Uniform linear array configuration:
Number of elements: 16
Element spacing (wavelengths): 0.75
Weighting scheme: hann
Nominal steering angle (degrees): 0
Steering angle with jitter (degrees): -1.011
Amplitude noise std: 0.05
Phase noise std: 0.05

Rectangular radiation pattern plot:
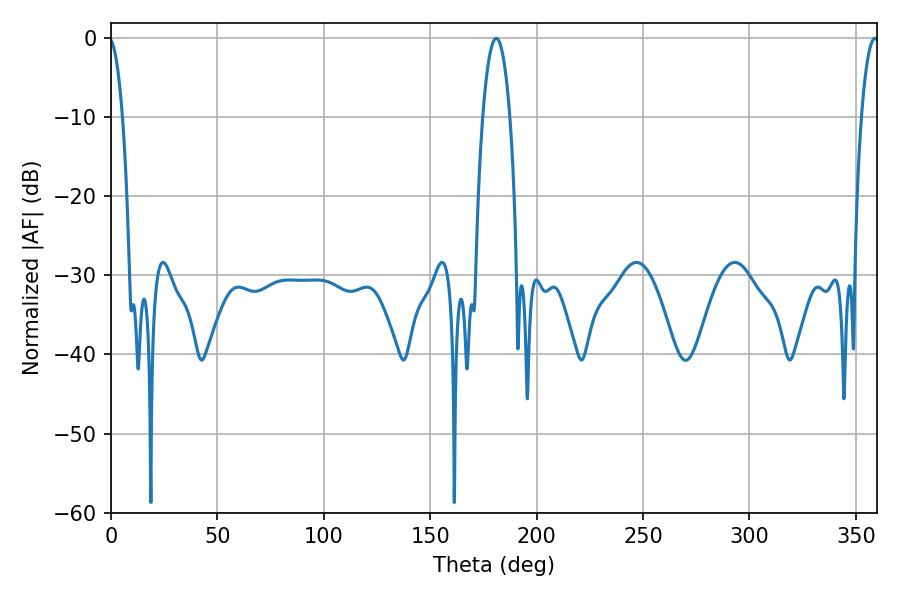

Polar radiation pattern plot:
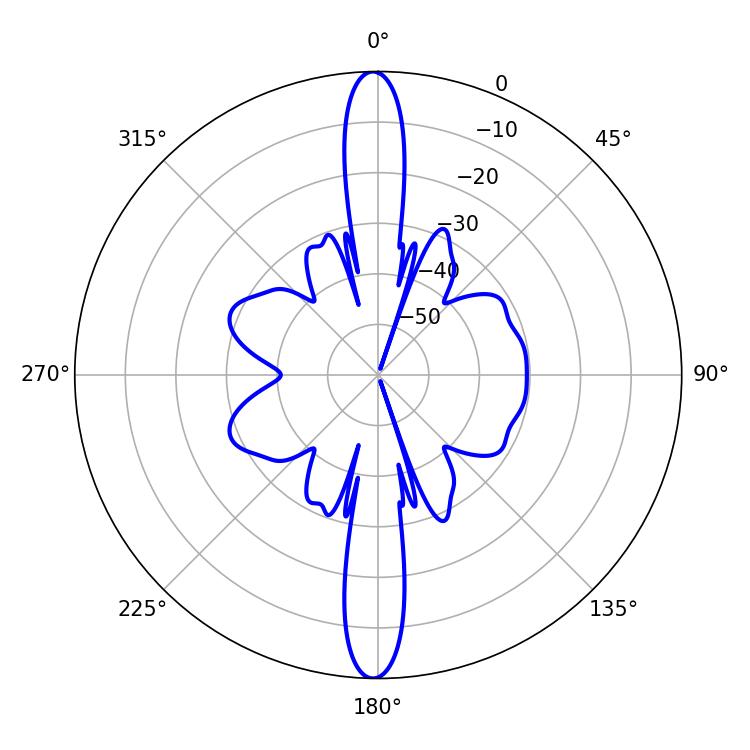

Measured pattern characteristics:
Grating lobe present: TRUE
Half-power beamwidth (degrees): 7.02
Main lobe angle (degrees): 181.08